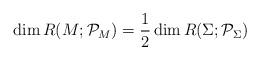
LaTeX: \begin{align*}\dim R(M;\mathcal P_M) = \frac{1}{2} \dim R(\Sigma;\mathcal P_{\Sigma})\end{align*}